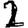
Digit: 2